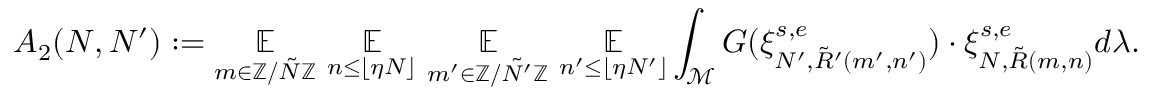
A _ { 2 } ( N , N ^ { \prime } ) : = \underset { m \in \mathbb { Z } / \tilde { N } \mathbb { Z } } { \mathbb { E } } ~ \underset { n \leq \lfloor \eta N \rfloor } { \mathbb { E } } ~ \underset { m ^ { \prime } \in \mathbb { Z } / \tilde { N ^ { \prime } } \mathbb { Z } } { \mathbb { E } } ~ \underset { n ^ { \prime } \leq \lfloor \eta N ^ { \prime } \rfloor } { \mathbb { E } } \int _ { \mathcal { M } } G ( \xi _ { N ^ { \prime } , \tilde { R } ^ { \prime } ( m ^ { \prime } , n ^ { \prime } ) } ^ { s , e } ) \cdot \xi _ { N , \tilde { R } ( m , n ) } ^ { s , e } d \lambda .